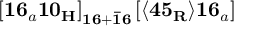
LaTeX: \left[ \mathbf { 1 6 } _ { a } \mathbf { 1 0 _ { H } } \right] _ { \mathbf { 1 6 } + \mathbf { \bar { 1 6 } } } \left[ \langle \mathbf { 4 5 _ { R } } \rangle \mathbf { 1 6 } _ { a } \right]